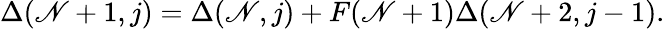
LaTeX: \Delta(\mathscr{N}+1,j)=\Delta(\mathscr{N},j)+F(\mathscr{N}+1)\Delta(\mathscr{N}+2,j-1).